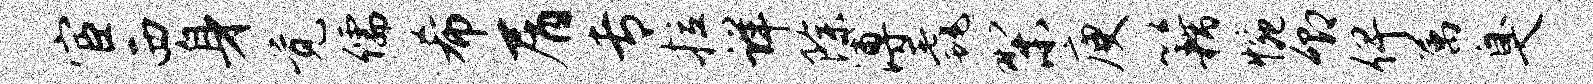
宦西身觉儒希屑专拉详除溥毳梨庾籍惋卿俾属臭